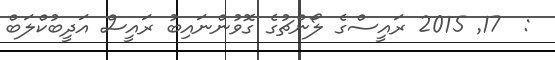
:  17